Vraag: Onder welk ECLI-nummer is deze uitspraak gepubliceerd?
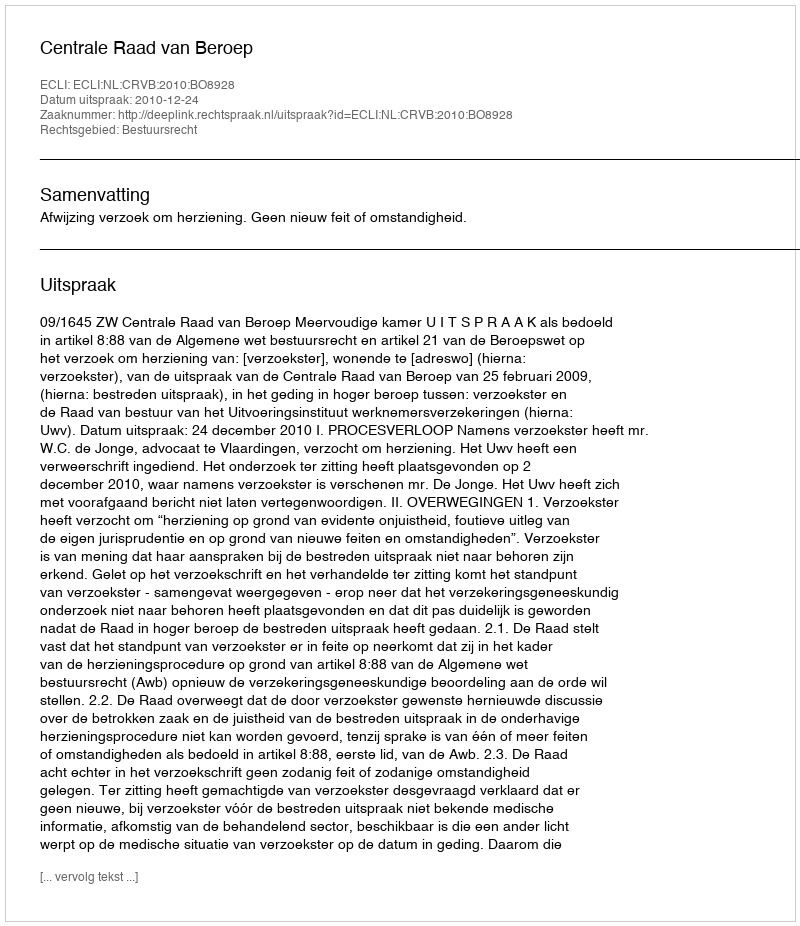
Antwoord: ECLI:NL:CRVB:2010:BO8928